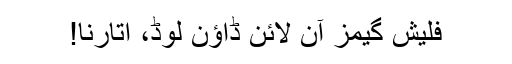
فلیش گیمز آن لائن ڈاؤن لوڈ، اتارنا!